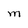
Character: M